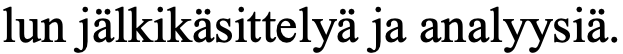
lun jälkikäsittelyä ja analyysiä.